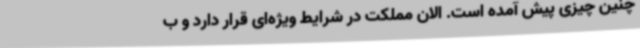
چنین چیزی پیش آمده است. الان مملکت در شرایط ویژه‌ای قرار دارد و ب